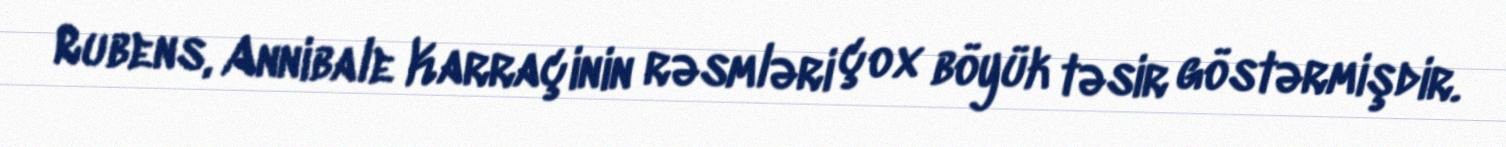
Rubens, Annibale Karraçinin rəsmləri çox böyük təsir göstərmişdir.